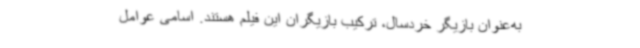
به‌عنوان بازیگر خردسال، ترکیب بازیگران این فیلم هستند. اسامی عوامل